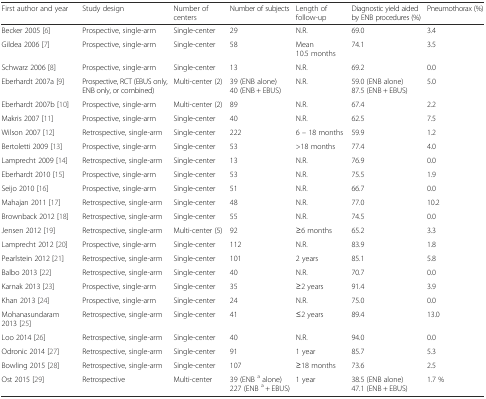
<table><thead><tr><td><b>First author and year</b></td><td><b>Study design</b></td><td><b>Number of centers</b></td><td><b>Number of subjects</b></td><td><b>Length of follow-up</b></td><td><b>Diagnostic yield aided by ENB procedures (%)</b></td><td><b>Pneumothorax (%)</b></td></tr></thead><tbody><tr><td>Becker 2005 [6]</td><td>Prospective, single-arm</td><td>Single-center</td><td>29</td><td>N.R.</td><td>69.0</td><td>3.4</td></tr><tr><td>Gildea 2006 [7]</td><td>Prospective, single-arm</td><td>Single-center</td><td>58</td><td>Mean 10.5 months</td><td>74.1</td><td>3.5</td></tr><tr><td>Schwarz 2006 [8]</td><td>Prospective, single-arm</td><td>Single-center</td><td>13</td><td>N.R.</td><td>69.2</td><td>0.0</td></tr><tr><td>Eberhardt 2007a [9]</td><td>Prospective, RCT (EBUS only, ENB only, or combined)</td><td>Multi-center (2)</td><td>39 (ENB alone) 40 (ENB + EBUS)</td><td>N.R.</td><td>59.0 (ENB alone) 87.5 (ENB + EBUS)</td><td>5.0</td></tr><tr><td>Eberhardt 2007b [10]</td><td>Prospective, single-arm</td><td>Multi-center (2)</td><td>89</td><td>N.R.</td><td>67.4</td><td>2.2</td></tr><tr><td>Makris 2007 [11]</td><td>Prospective, single-arm</td><td>Single-center</td><td>40</td><td>N.R.</td><td>62.5</td><td>7.5</td></tr><tr><td>Wilson 2007 [12]</td><td>Retrospective, single-arm</td><td>Single-center</td><td>222</td><td>6 – 18 months</td><td>59.9</td><td>1.2</td></tr><tr><td>Bertoletti 2009 [13]</td><td>Prospective, single-arm</td><td>Single-center</td><td>53</td><td>&gt;18 months</td><td>77.4</td><td>4.0</td></tr><tr><td>Lamprecht 2009 [14]</td><td>Retrospective, single-arm</td><td>Single-center</td><td>13</td><td>N.R.</td><td>76.9</td><td>0.0</td></tr><tr><td>Eberhardt 2010 [15]</td><td>Prospective, single-arm</td><td>Single-center</td><td>53</td><td>N.R.</td><td>75.5</td><td>1.9</td></tr><tr><td>Seijo 2010 [16]</td><td>Prospective, single-arm</td><td>Single-center</td><td>51</td><td>N.R.</td><td>66.7</td><td>0.0</td></tr><tr><td>Mahajan 2011 [17]</td><td>Retrospective, single-arm</td><td>Single-center</td><td>48</td><td>N.R.</td><td>77.0</td><td>10.2</td></tr><tr><td>Brownback 2012 [18]</td><td>Retrospective, single-arm</td><td>Single-center</td><td>55</td><td>N.R.</td><td>74.5</td><td>0.0</td></tr><tr><td>Jensen 2012 [19]</td><td>Retrospective, single-arm</td><td>Multi-center (5)</td><td>92</td><td>≥6 months</td><td>65.2</td><td>3.3</td></tr><tr><td>Lamprecht 2012 [20]</td><td>Prospective, single-arm</td><td>Single-center</td><td>112</td><td>N.R.</td><td>83.9</td><td>1.8</td></tr><tr><td>Pearlstein 2012 [21]</td><td>Retrospective, single-arm</td><td>Single-center</td><td>101</td><td>2 years</td><td>85.1</td><td>5.8</td></tr><tr><td>Balbo 2013 [22]</td><td>Retrospective, single-arm</td><td>Single-center</td><td>40</td><td>N.R.</td><td>70.7</td><td>0.0</td></tr><tr><td>Karnak 2013 [23]</td><td>Prospective, single-arm</td><td>Single-center</td><td>35</td><td>≥2 years</td><td>91.4</td><td>3.9</td></tr><tr><td>Khan 2013 [24]</td><td>Prospective, single-arm</td><td>Single-center</td><td>24</td><td>N.R.</td><td>75.0</td><td>0.0</td></tr><tr><td>Mohanasundaram 2013 [25]</td><td>Retrospective, single-arm</td><td>Single-center</td><td>41</td><td>≤2 years</td><td>89.4</td><td>13.0</td></tr><tr><td>Loo 2014 [26]</td><td>Retrospective, single-arm</td><td>Single-center</td><td>40</td><td>N.R.</td><td>94.0</td><td>0.0</td></tr><tr><td>Odronic 2014 [27]</td><td>Retrospective, single-arm</td><td>Single-center</td><td>91</td><td>1 year</td><td>85.7</td><td>5.3</td></tr><tr><td>Bowling 2015 [28]</td><td>Retrospective, single-arm</td><td>Single-center</td><td>107</td><td>≥18 months</td><td>73.6</td><td>2.5</td></tr><tr><td>Ost 2015 [29]</td><td>Retrospective</td><td>Multi-center</td><td>39 (ENB <sup>a</sup> alone) 227 (ENB <sup>a</sup> + EBUS)</td><td>1 year</td><td>38.5 (ENB alone) 47.1 (ENB + EBUS)</td><td>1.7 %</td></tr></tbody></table>